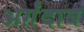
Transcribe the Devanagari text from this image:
अर्ग़ंदाब